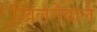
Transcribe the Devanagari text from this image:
खिलनेवाले